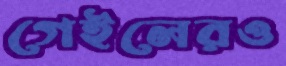
গেইলেরও